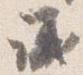
議